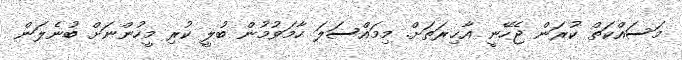
މަސައްކަތް ކުރަން ޖެހޭނީ އާޚިރަތަށް. މިމައްސަލަ ހާމަވުމުން ބުލީ ކުރި މީހުންނަށް ބުނެލަން